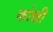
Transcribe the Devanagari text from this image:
कोन्नी